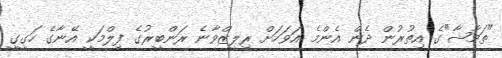
"ތަމާޝާ"ގެ އިތުރުން ދެން އެންމެ އަވަހަށް ރިލީޒްވާނެ ރަންބީރުގެ ފިލްމަކީ އޭނާގެ ހަގީގީ